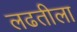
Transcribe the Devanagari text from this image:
लढतीला